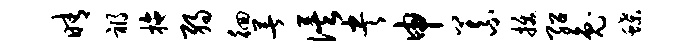
晴祸拖弱徊著俟央申义拔绍兔蝶